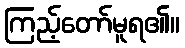
ကြည့်တော်မူရ၏။